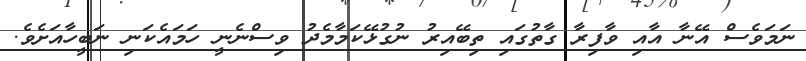
ނަމަވެސް އޭނާ އާއި ވާފިރާ ގާތުގައި ތިބޭއިރު ނުގުޅޭކަމާމެދު ވިސްނެނީ ހަމައެކަނި ނަބީހާއަށެވެ.